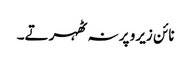
نائن زیرو پر نہ ٹھہرتے۔